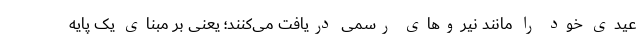
عیدی خود را مانند نیروهای رسمی دریافت می‌کنند؛ یعنی بر مبنای یک پایه